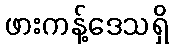
ဖားကန့်ဒေသရှိ